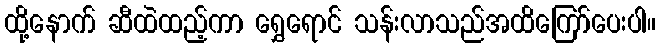
ထို့နောက် ဆီထဲထည့်ကာ ရွှေရောင် သန်းလာသည်အထိကြော်ပေးပါ။